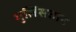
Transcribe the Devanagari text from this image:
गुलिसतान